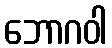
ဘောဂဝါ